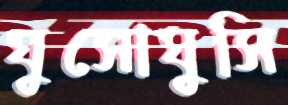
ঘুসোঘুসি